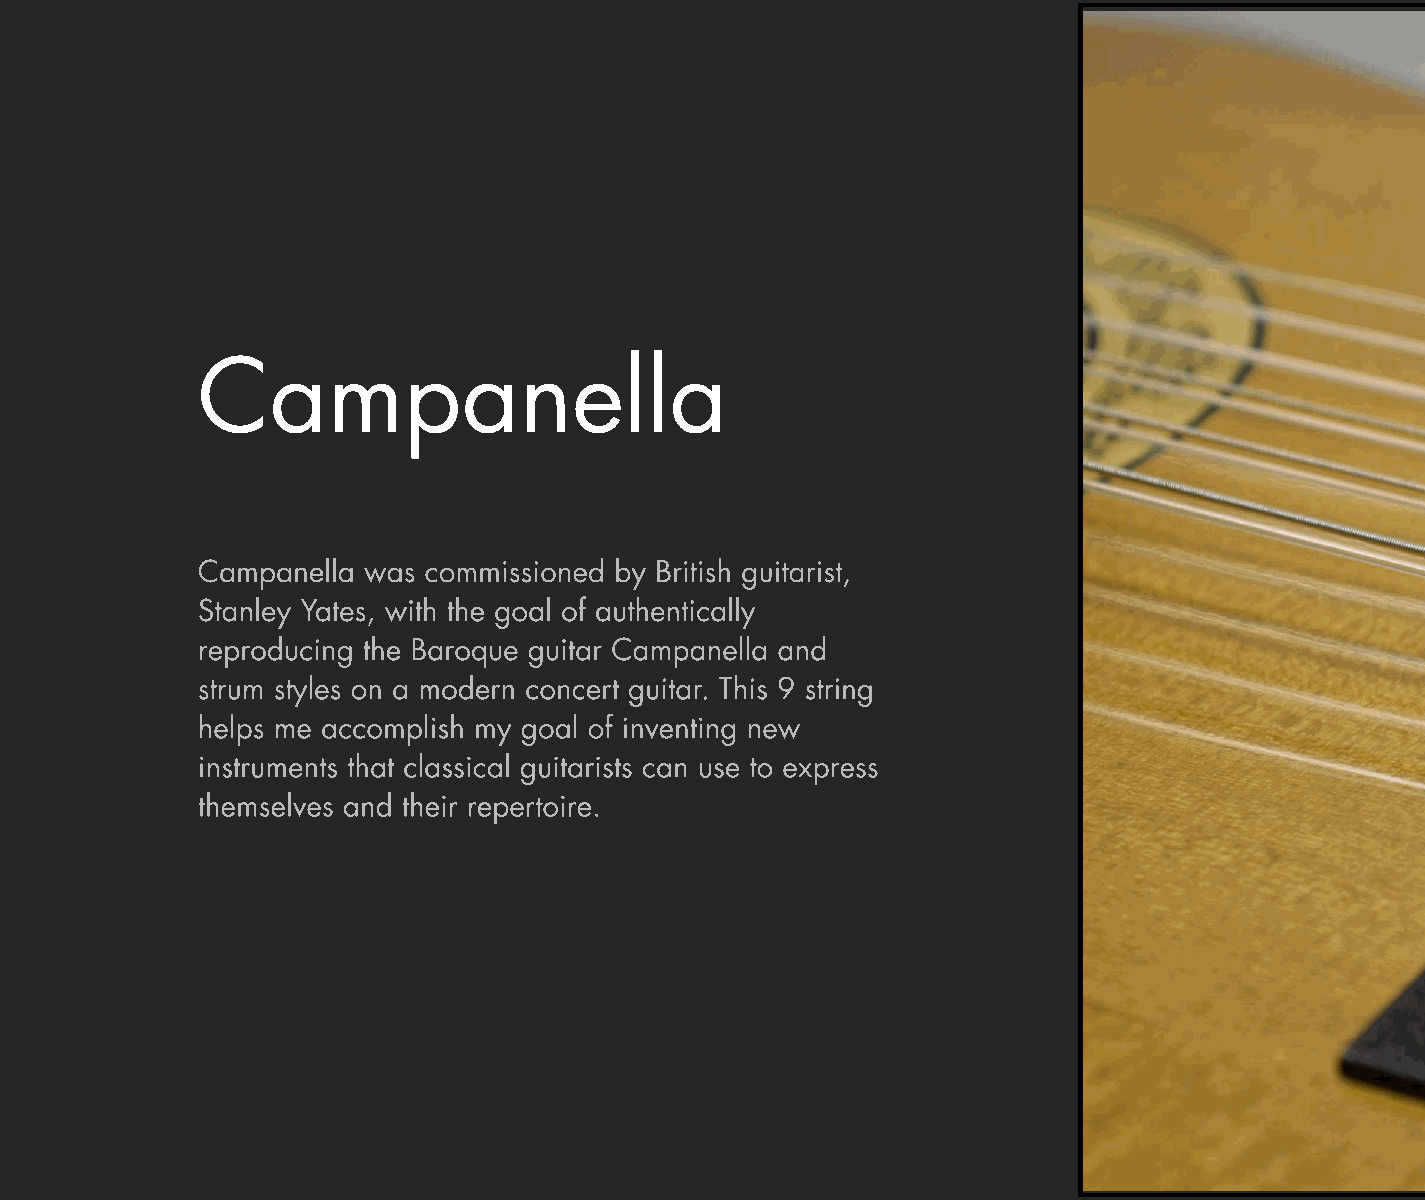
Campanella
 Campanella was commissioned by British guitarist,
 Stanley Yates, with the goal of authentically
 reproducing the Baroque guitar Campanella and
 strum styles on a modern concert guitar. This 9 string
 helps me accomplish my goal of inventing new
 instruments that classical guitarists can use to express
 themselves and their repertoire.